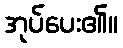
အုပ်ပေး၏။